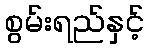
စွမ်းရည်နှင့်